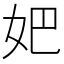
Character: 妑